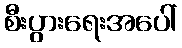
စီးပွားရေးအပေါ်